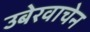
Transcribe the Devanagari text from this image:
उबेरवाचेन